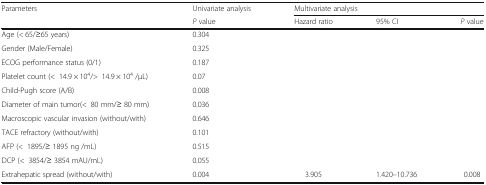
<table><thead><tr><td rowspan="2"><b>Parameters</b></td><td><b>Univariate analysis</b></td><td colspan="3"><b>Multivariate analysis</b></td></tr><tr><td><b><i>P</i> value</b></td><td><b>Hazard ratio</b></td><td><b>95% CI</b></td><td><b><i>P</i> value</b></td></tr></thead><tbody><tr><td>Age (&lt; 65/≥65 years)</td><td>0.304</td><td></td><td></td><td></td></tr><tr><td>Gender (Male/Female)</td><td>0.325</td><td></td><td></td><td></td></tr><tr><td>ECOG performance status (0/1)</td><td>0.187</td><td></td><td></td><td></td></tr><tr><td>Platelet count (&lt;14.9 × 10<sup>4</sup>/&gt;14.9 × 10<sup>4</sup> /μL)</td><td>0.07</td><td></td><td></td><td></td></tr><tr><td>Child-Pugh score (A/B)</td><td>0.008</td><td></td><td></td><td></td></tr><tr><td>Diameter of main tumor(&lt;80 mm/≥ 80 mm)</td><td>0.036</td><td></td><td></td><td></td></tr><tr><td>Macroscopic vascular invasion (without/with)</td><td>0.646</td><td></td><td></td><td></td></tr><tr><td>TACE refractory (without/with)</td><td>0.101</td><td></td><td></td><td></td></tr><tr><td>AFP (&lt;1895/≥ 1895 ng /mL)</td><td>0.515</td><td></td><td></td><td></td></tr><tr><td>DCP (&lt;3854/≥ 3854 mAU/mL)</td><td>0.055</td><td></td><td></td><td></td></tr><tr><td>Extrahepatic spread (without/with)</td><td>0.004</td><td>3.905</td><td>1.420–10.736</td><td>0.008</td></tr></tbody></table>